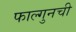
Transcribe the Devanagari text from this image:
फाल्गुनची